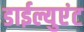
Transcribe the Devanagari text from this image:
डाईल्युएंट